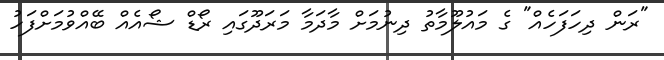
"ރަން ދިހަފަހެއް" ގެ މައުލޫމާތު ދިނުމަށް މާދަމާ މަރަދޫގައި ރޯޑް ޝޯއެއް ބޭއްވުމަށްފަހު